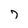
Character: 7